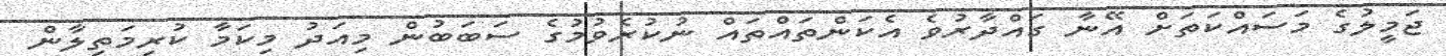
ޖަމީލުގެ މަސައްކަތަށް އޭނާ ގައްދާރުވެ އެކަންތައްތައް ނުކުރެވުމުގެ ސަބަބުން މިއަދު މިކަމާ ކުރިމަތިލާން